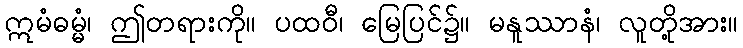
ဣမံဓမ္မံ၊ ဤတရားကို။ ပထဝီ၊ မြေပြင်၌။ မနူဿာနံ၊ လူတို့အား။